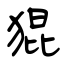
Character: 猑